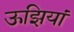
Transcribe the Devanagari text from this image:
ऊझियां